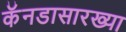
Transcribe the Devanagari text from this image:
कॅनडासारख्या